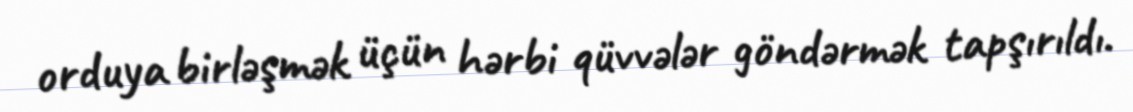
orduya birləşmək üçün hərbi qüvvələr göndərmək tapşırıldı.